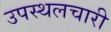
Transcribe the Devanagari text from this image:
उपस्थलचारी